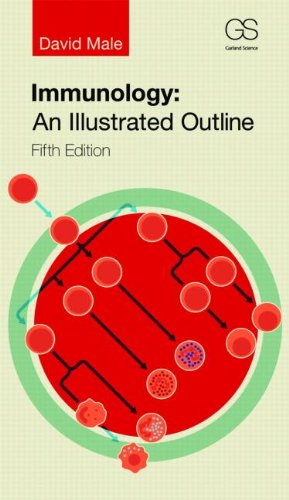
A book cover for Immunology: An Illustrated Outline; David Male; Medical Books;